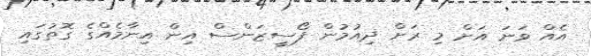
އެއް ވަނަ އަށް މި ރަށް ދިއުމުން ފޯސީޒަންސް އިން އިނާމެއްގެ ގޮތުގައި